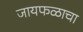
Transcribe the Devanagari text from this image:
जायफळाचा